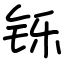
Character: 铄